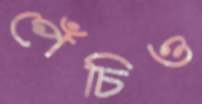
পেঁচিও